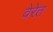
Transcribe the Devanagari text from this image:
वेरेत